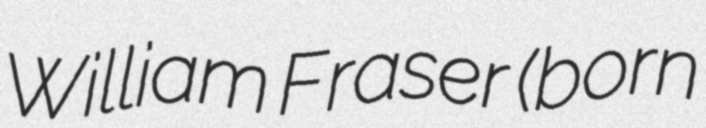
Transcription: William Fraser (born